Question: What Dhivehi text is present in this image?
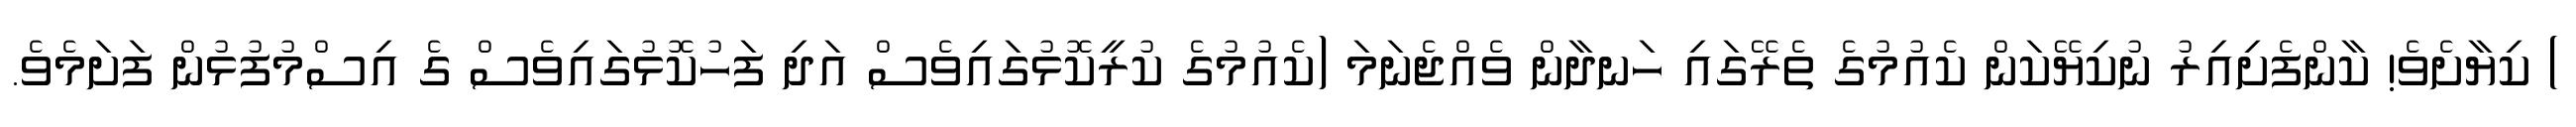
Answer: ) ކިޔާށެވެ! ކާންފެށިއިރު ނުކިޔޭކަން ކެއުމުގެ ތެރޭގައި ހަނދާން ވެއްޖެނަމަ (ކެއުމުގެ ކުރީކޮޅުގައިވެސް އަދި ފަހުކޮޅުގައިވެސް ގެ އިސްމުފުޅުން ފަށަމެވެ.